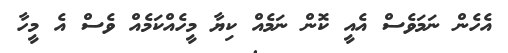
އެހެން ނަމަވެސް އެއީ ކޮން ނަމެއް ކިޔާ މީހެއްކަމެއް ވެސް އެ މީހާ